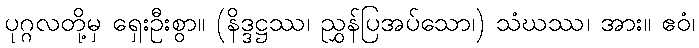
ပုဂ္ဂလတို့မှ ရှေးဦးစွာ။ (နိဒ္ဒဋ္ဌဿ၊ ညွှန်ပြအပ်သော၊) သံဃဿ၊ အား။ ဧဝံ၊